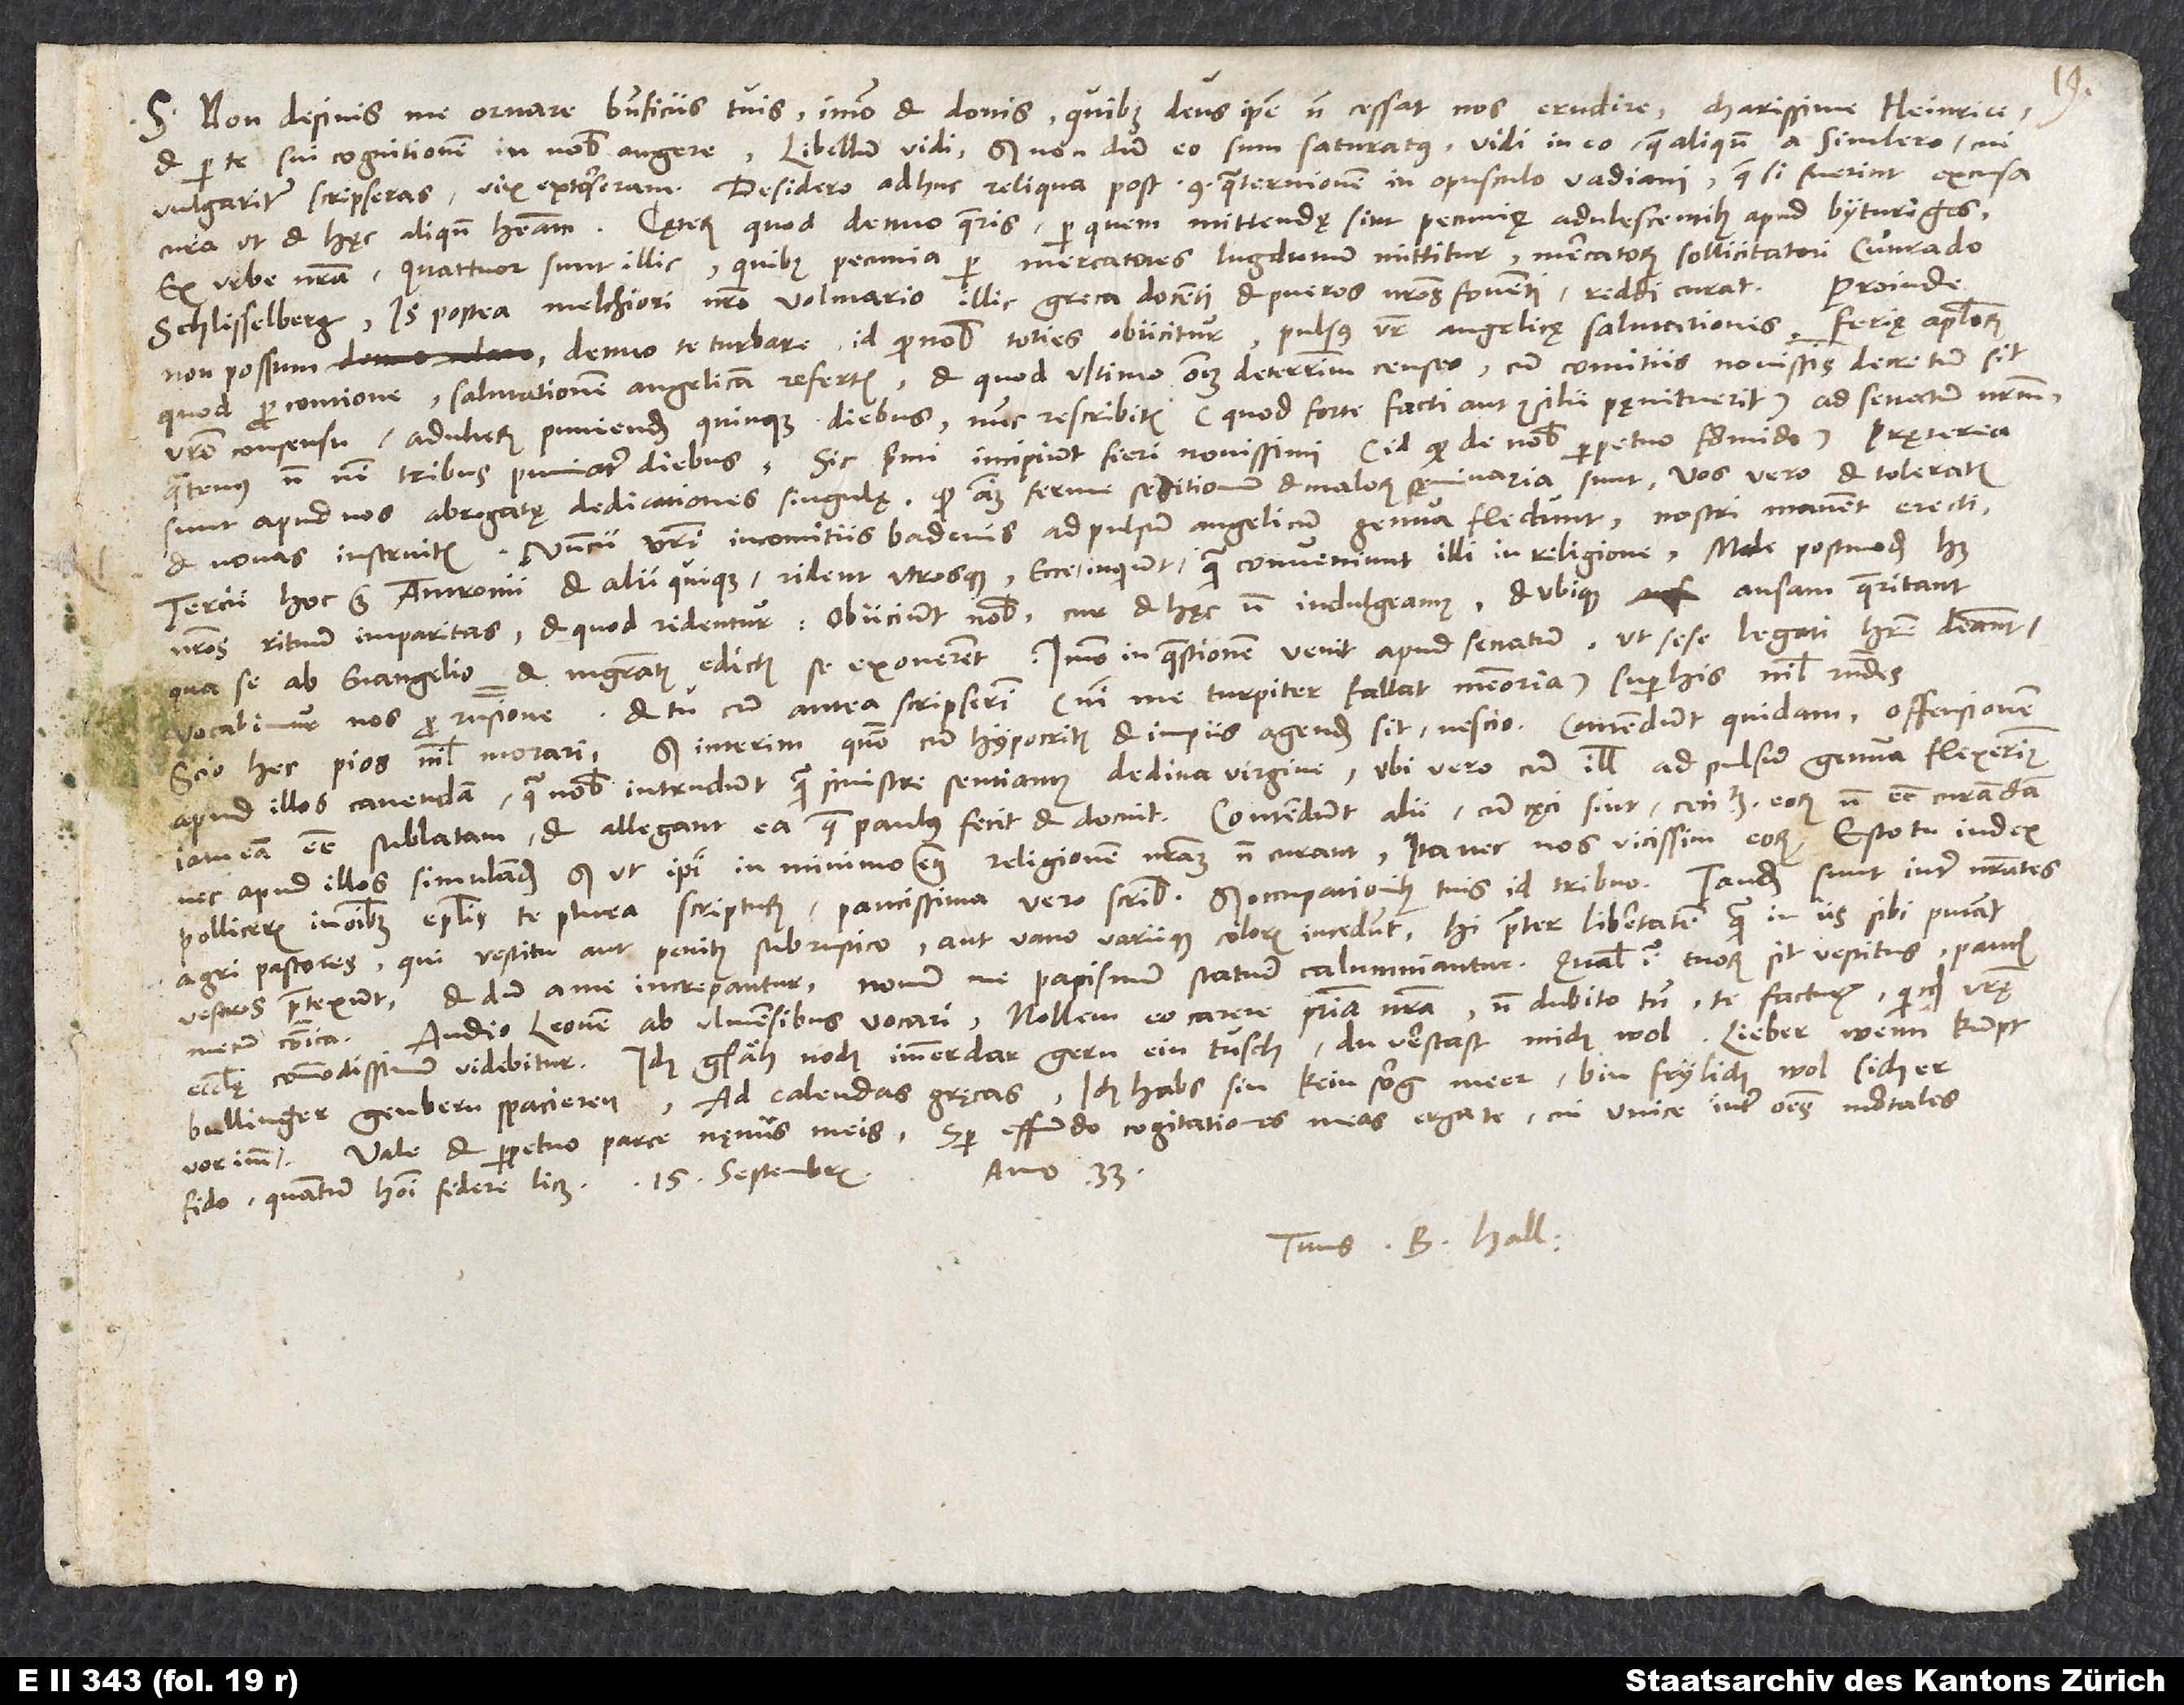
S. Non desinis me ornare beneficiis tuis, immo et donis, quibus deus ipse non cessat nos erudire, charissime Heinrice,
et per te sui cognitionem in nobis augere. Libellum vidi, sed nondum eo sum saturatus. Vidi in eo, quae aliquando a Simlero, cui
vulgariter scripseras, vix extorseram. Desidero adhuc reliqua post 9. quaternionem in opusculo Vadiani. Quae si fuerint excusa,
Ex urbe nostra quattuor sunt illic, quibus pecunia per mercatores Lugdunum mittitur mercatorum sollicitatori Cuͦnrado
Proinde
Schlisselberg. Is postea Melchiori nostro Volmario illic greca docenti et pueros nostros foventi reddi curat.
non possum denuo te turbare id, quod nobis toties obiicitur: pulsus vester angelicę salutationis, ferię apostolorum,
quod pro contione salutationem angelicam refertis, et quod ultimo omnium deterrimum censeo, cum comitiis novissimis decretum sit
vestro consensu adulterum puniendum quinque diebus. Nunc rescribitis, quod forte facti aut consilii pęnituerit, ad senatum nostrum,
quatenus non nisi tribus puniatur diebus. Sic primi incipiunt fieri novissimi, id quod de nobis perpetuo formido. Praeterea
sunt apud nos abrogatę dedicationes singulę, quod omnium ferme seditionum et malorum sęminaria sunt. Vos vero et toleratis
et novas instruitis. Nuncii vestri in comitiis Badenis ad pulsum angelicum genua flectunt, nostri manent erecti.
Tercii, hoc est Antronii et alii quique, rident utrosque: «Ecce», inquiunt, «quam conveniunt illi in religione!» Male postmodum habet
nostros rituum imparitas, et quod ridentur, obiiciunt nobis, cur et hęc non indulgeamus, et ubique ansam quaeritant,
qua se ab evangelio et magistratus edictis se exonerent. Immo in quaestionem venit apud senatum, ut sese legati habere debeant.
Vocabimur nos pro responsione, et tu, cum antea scripserim, nisi me turpiter fallat memoria, super his nihil respondes.
sed interim quomodo cum hypocritis et impiis agendum sit, nescio. Contendunt quidam offensionem
Scio hec pios nihil morari,
apud illos cavendam, qua nobis intrudunt, quam sinistre sentiamus de diva virgine, ubi vero cum illis ad pulsum genua flexerimus,
iam eam esse sublatam, et allegant ea, quae Paulus fecit et docuit. Contendunt alii, cum cęci sint, cecitatem eorum non esse curandam
nec apud illos simulandum, sed ut ipsi in minimo etiam religionem nostram non curant, ita nec nos vicissim eorum. Esto tu iudex.
agri pastores, qui vestitu aut penitus subrustico aut vano variique coloris incedunt. Hi praeter libertatem, quam in iis sibi putant,
vestros praetexunt, et dum a me increpantur, novum me papismum statuere calumniantur. Qualis igitur tuorum sit vestitus, paucis
Audio Leonem ab Ulmensibus vocari. Nollem eo carere patriam nostram, non dubito tamen te facturum, quicquid vestrę
ecclesię commodissimum videbitur. Ich gsäh noch immerdar gern ein tusch; du verstast mich wol. Lieber, wenn kumpt
Bullinger gen Bern spacieren? Ad calendas gręcas; ich habe sin kein sorg meer, bin frylich wol sicher
Vale et perpetuo parce nęniis meis. Semper effundo cogitationes meas erga te, cui unice inter omnes mortales
anno 33.
Tuus B. Hall.